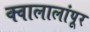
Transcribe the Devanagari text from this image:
क्वालालांपूर